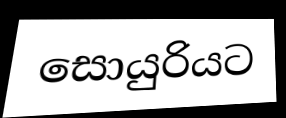
සොයුරියට